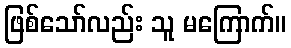
ဖြစ်သော်လည်း သူ မကြောက်။